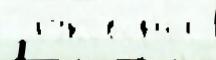
  руковод'и́л